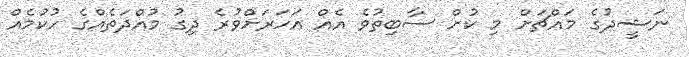
ނަޝީދުގެ މައްޗަށް މި ކުށް ސާބިތުވެ އެއް އަހަރަށްވުރެ ދިގު މުއްދަތެއްގެ ހުކުމެއް